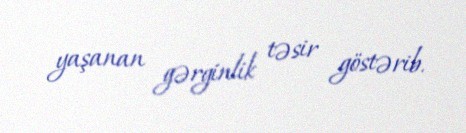
yaşanan gərginlik təsir göstərib.